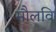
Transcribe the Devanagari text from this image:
मौलवि